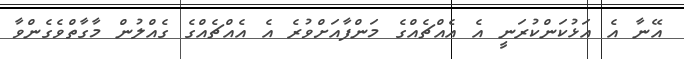
އޭނާ އެ އަޅުކަންކުރަނީ އެ އެއްޗެއްގެ މަންފާއަށްވުރެ އެ އެއްޗެއްގެ ގެއްލުން މާގާތްވެގެންވާ